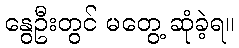
နွေဦးတွင် မတွေ့ ဆုံခဲ့ရ။